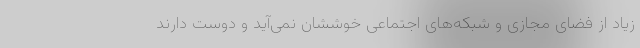
زیاد از فضای مجازی و شبکه‌های اجتماعی خوششان نمی‌آید و دوست دارند